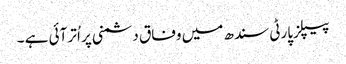
پیپلزپارٹی سندھ میں وفاق دشمنی پر اُتر آئی ہے ۔